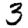
Digit: 3